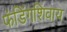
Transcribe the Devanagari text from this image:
फंडिंगशिवाय